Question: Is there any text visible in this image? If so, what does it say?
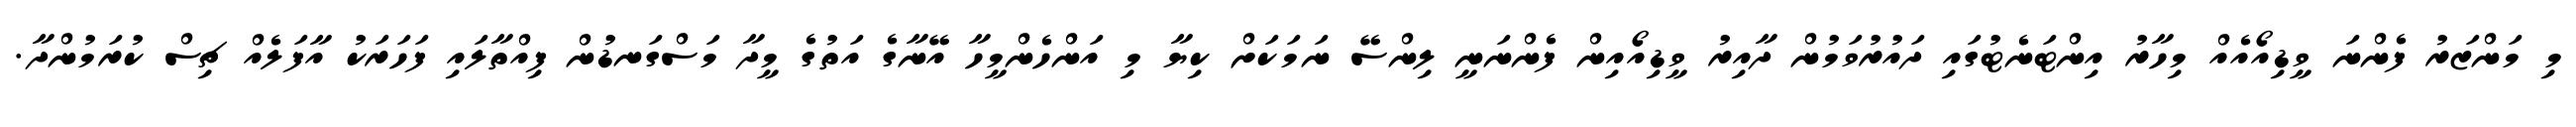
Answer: މި މަންޒަރު ފެންނަ ވީޑިއޯއެއް މިހާރު އިންޓަނެޓުގައި ދައުރުވަމުން ދާއިރު ވީޑިއޯއިން ފެންނަނީ ލިންސޭ ނަމަކަށް ކިޔާ މި އަންހެންމީހާ އޭނާގެ އަތުގެ މީދާ މަސްގަނޑުން ފިއްތާލައި ފަހަރަކު އާފަލެއް ޗިސް ކުރަމުންދާ.